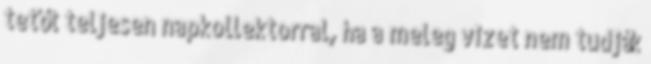
tetőt teljesen napkollektorral, ha a meleg vizet nem tudják